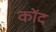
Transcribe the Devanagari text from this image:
कोंद